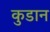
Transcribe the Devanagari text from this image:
कुडान